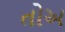
તોઅ